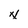
Character: N